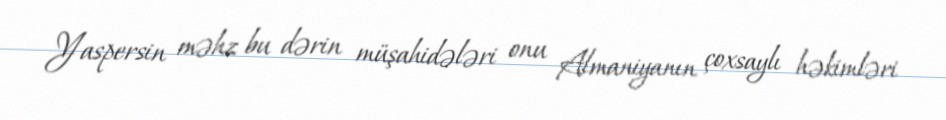
Yaspersin məhz bu dərin müşahidələri onu Almaniyanın çoxsaylı həkimləri